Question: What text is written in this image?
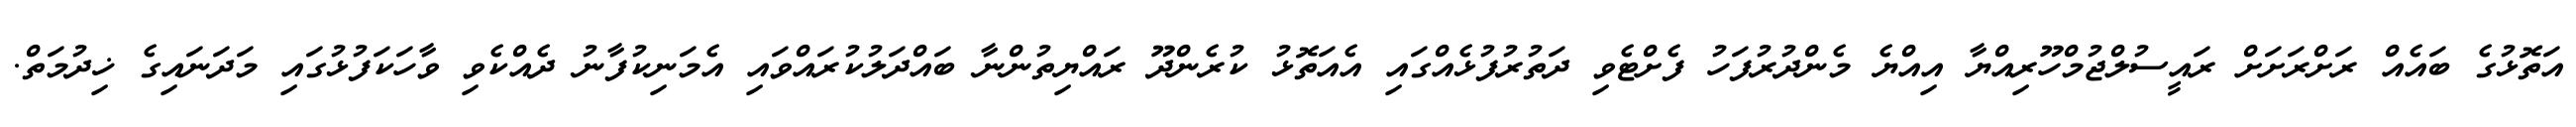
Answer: އަތޮޅުގެ ބައެއް ރަށްރަށަށް ރައީސުލްޖުމްހޫރިއްޔާ އިއްޔެ މެންދުރުފަހު ފެށްޓެވި ދަތުރުފުޅެއްގައި އެއަތޮޅު ކުރެންދޫ ރައްޔިތުންނާ ބައްދަލުކުރައްވައި އެމަނިކުފާނު ދެއްކެވި ވާހަކަފުޅުގައި މަދަނައިގެ ޚިދުމަތް.